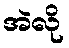
အဲလို